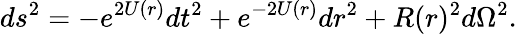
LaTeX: ds^{2}=-e^{2U(r)}dt^{2}+e^{-2U(r)}dr^{2}+R(r)^{2}d\Omega^{2}.